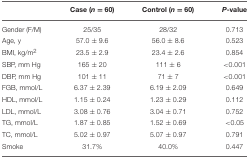
<table><thead><tr><td></td><td><b>Case (<i>n</i> = 60)</b></td><td><b>Control (<i>n</i> = 60)</b></td><td><b><i>P</i>-value</b></td></tr></thead><tbody><tr><td>Gender (F/M)</td><td>25/35</td><td>28/32</td><td>0.713</td></tr><tr><td>Age, y</td><td>57.0 ± 9.6</td><td>56.0 ± 8.6</td><td>0.523</td></tr><tr><td>BMI, kg/m<sup>2</sup></td><td>23.5 ± 2.9</td><td>23.4 ± 2.6</td><td>0.854</td></tr><tr><td>SBP, mm Hg</td><td>165 ± 20</td><td>111 ± 6</td><td>&lt;0.001</td></tr><tr><td>DBP, mm Hg</td><td>101 ± 11</td><td>71 ± 7</td><td>&lt;0.001</td></tr><tr><td>FGB, mmol/L</td><td>6.37 ± 2.39</td><td>6.19 ± 2.09</td><td>0.649</td></tr><tr><td>HDL, mmol/L</td><td>1.15 ± 0.24</td><td>1.23 ± 0.29</td><td>0.112</td></tr><tr><td>LDL, mmol/L</td><td>3.08 ± 0.76</td><td>3.04 ± 0.71</td><td>0.752</td></tr><tr><td>TG, mmol/L</td><td>1.87 ± 0.85</td><td>1.52 ± 0.69</td><td>&lt;0.05</td></tr><tr><td>TC, mmol/L</td><td>5.02 ± 0.97</td><td>5.07 ± 0.97</td><td>0.791</td></tr><tr><td>Smoke</td><td>31.7%</td><td>40.0%</td><td>0.447</td></tr></tbody></table>